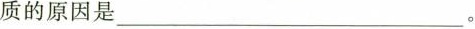
质的原因是_______________。